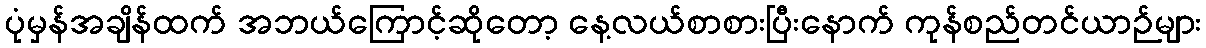
ပုံမှန်အချိန်ထက် အဘယ်ကြောင့်ဆိုတော့ နေ့လယ်စာစားပြီးနောက် ကုန်စည်တင်ယာဉ်များ